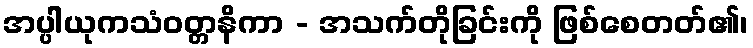
အပ္ပါယုကသံဝတ္တနိကာ - အသက်တိုခြင်းကို ဖြစ်စေတတ်၏၊